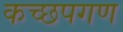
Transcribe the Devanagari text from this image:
कच्छपगण